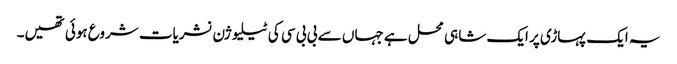
یہ ایک پہاڑی پر ایک شاہی محل ہے جہاں سے بی بی سی کی ٹیلیوژن نشریات شروع ہوئی تھیں۔